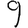
Digit: 9